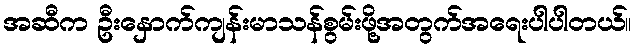
အဆီက ဦးနှောက်ကျန်းမာသန်စွမ်းဖို့အတွက်အရေးပါပါတယ်။